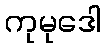
ကုမုဒေါ